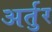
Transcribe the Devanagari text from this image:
अर्तुर